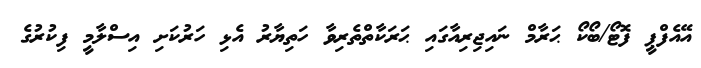
އޭއެފްޕީ ފޮޓޯ/ބޯކޯ ޙަރާމް ނައިޖިރިއާގައި ޙަރަކާތްތެރިވާ ހަތިޔާރު އެޅި ހަރުކަށި އިސްލާމީ ފިކުރުގެ